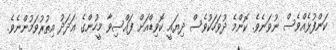
ކަންފުޅެއްވެސް ނުވަނެވެ. ކޮންމެ ދުވަހަކުވެސް ދިޔައީ ކޮވިޑްއަށް ފައްސިވާ މީހުންގެ ޢަދަދު އިތުރުވަމުންނެވެ.